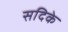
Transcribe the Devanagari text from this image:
सदिके